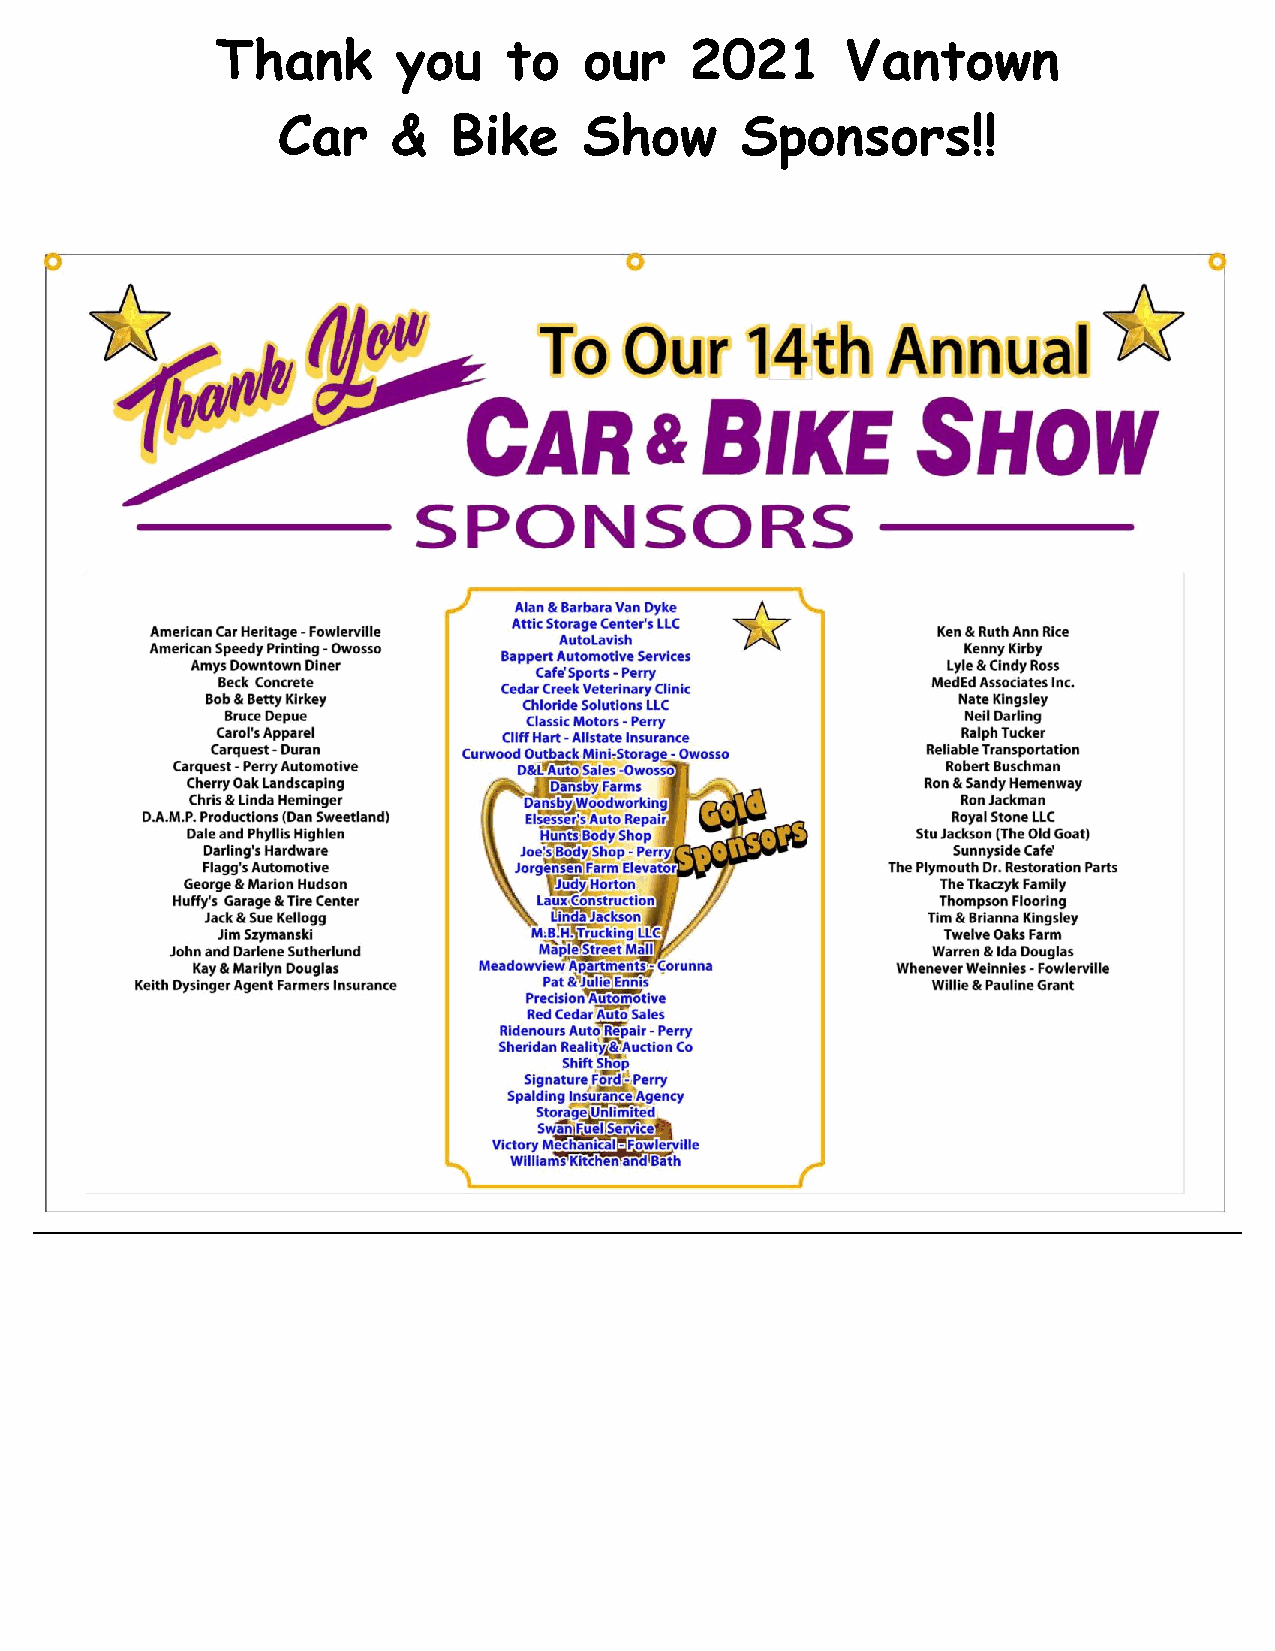
Thank       you    to    our    2021      Vantown
 Car     &   Bike     Show      Sponsors!!